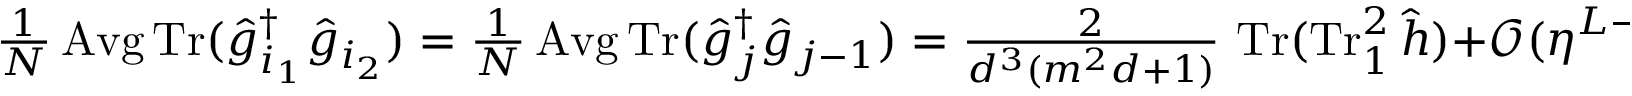
\textstyle \frac { 1 } { N } \operatorname { A v g } \operatorname { T r } ( \hat { g } _ { i _ { 1 } } ^ { \dag } \hat { g } _ { i _ { 2 } } ) = \frac { 1 } { N } \operatorname { A v g } \operatorname { T r } ( \hat { g } _ { j } ^ { \dag } \hat { g } _ { j - 1 } ) = \frac { 2 } { d ^ { 3 } ( m ^ { 2 } d + 1 ) } \, \operatorname { T r } ( \operatorname { T r } _ { 1 } ^ { 2 } \hat { h } ) + \mathcal { O } ( \eta ^ { L - i _ { 1 } } )